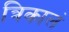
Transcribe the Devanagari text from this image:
त्रिकालं